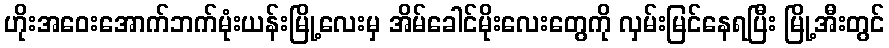
ဟိုးအဝေးအောက်ဘက်မုံးယန်းမြို့လေးမှ အိမ်ခေါင်မိုးလေးတွေကို လှမ်းမြင်နေရပြီး မြို့အီးတွင်